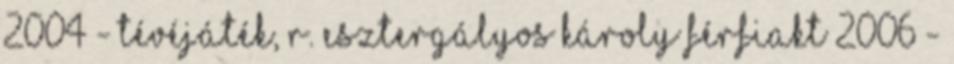
2004 - tévéjáték, r. Esztergályos Károly Férfiakt 2006 -